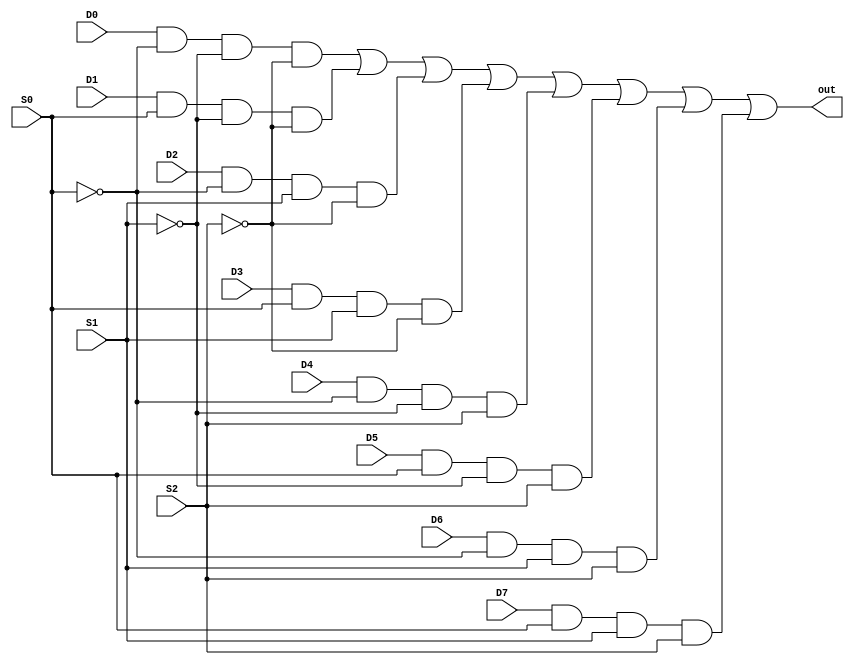
//Mux 8x1 dataflow modelling

module mux_E_O_df(input D0, D1, D2, D3, D4, D5, D6, D7, S0, S1, S2, output out);
  wire T1, T2, T3, T4, T5, T6, T7, T8, T9, T10, T11;
  not(T1, S0);
  not(T2, S1);
  not(T3, S2);
  and(T4, D0, T1, T2, T3), (T5, D1, S0, T2, T3);
  and(T6, D2, T1, S1, T3), (T7, D3, S0, S1, T3);
  and(T8, D4, T1, T2, S2), (T9, D5, S0, T2, S2);
  and(T10, D6, T1, S1, S2), (T11, D7, S0, S1, S2);
  or(out, T4, T5, T6, T7, T8, T9, T10, T11);
endmodule